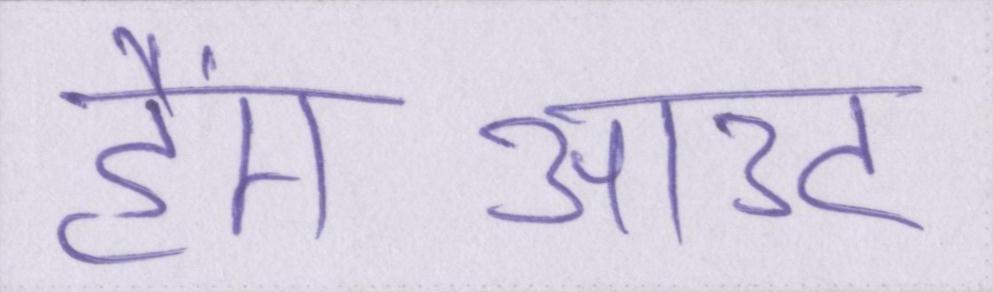
हैंगआउट